65_HS1-834228961_62-HQ-83894_Serial_130
Agency: FBI
Page 13
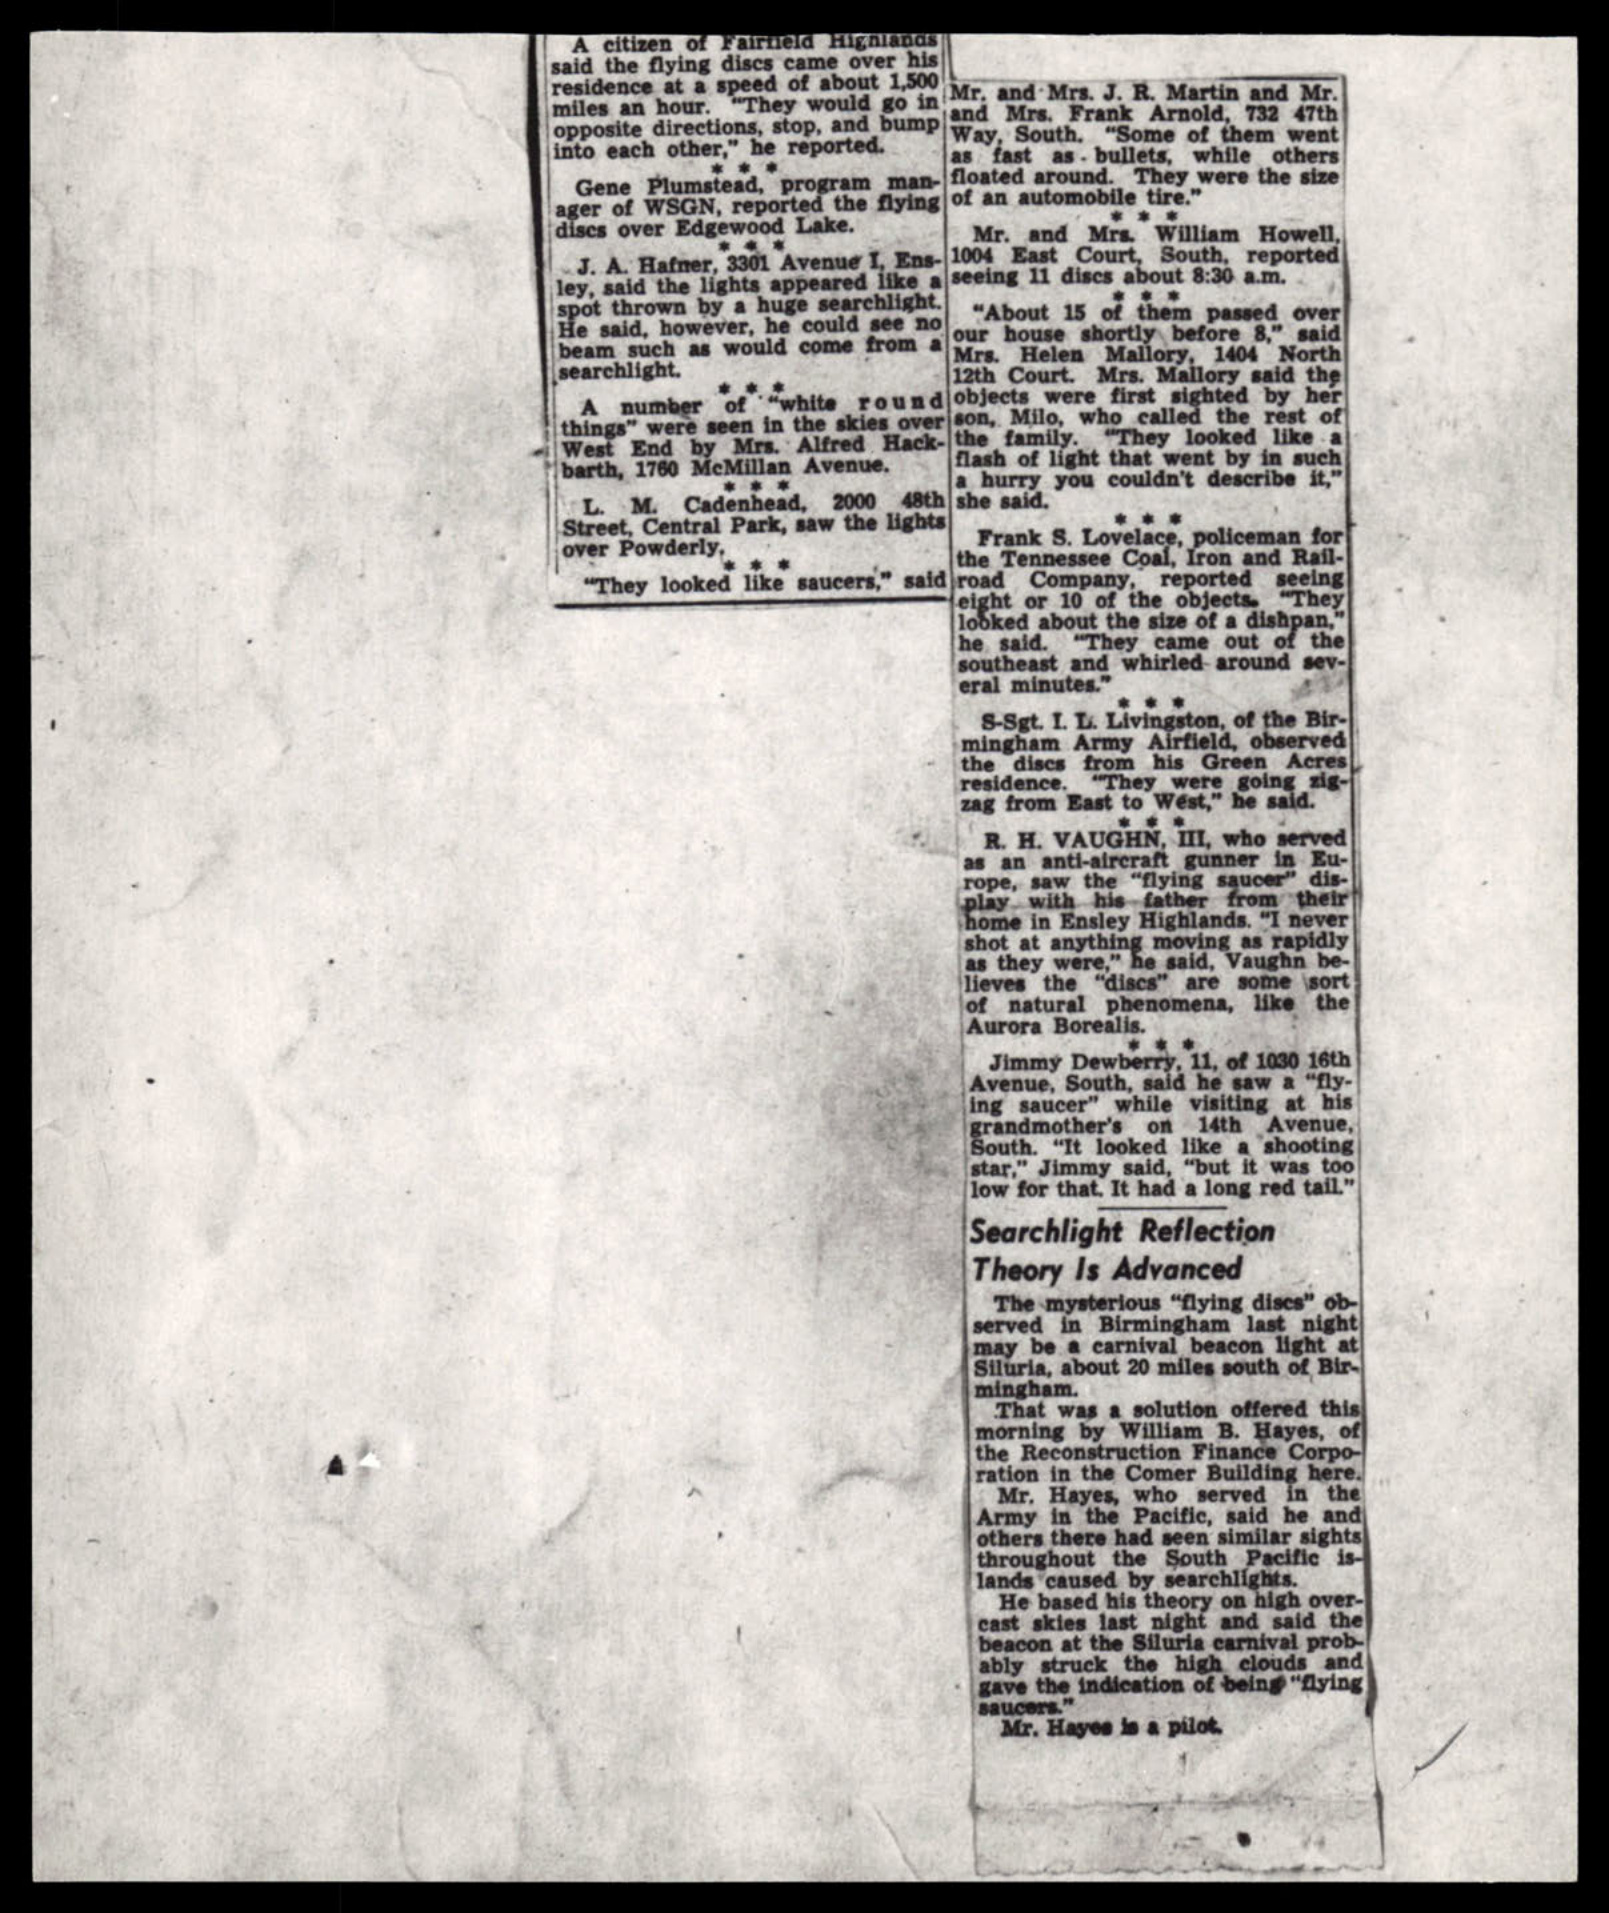